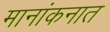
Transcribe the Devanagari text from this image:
मानांकनात